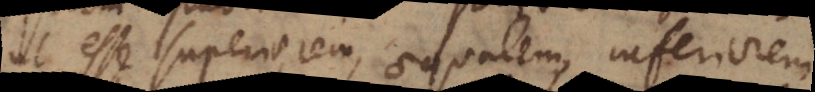
ut esse superiorem, aequalem, inferiorem;